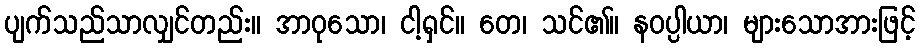
ပျက်သည်သာလျှင်တည်း။ အာဝုသော၊ ငါ့ရှင်။ တေ၊ သင်၏။ နဝပ္ပါယာ၊ များသောအားဖြင့်